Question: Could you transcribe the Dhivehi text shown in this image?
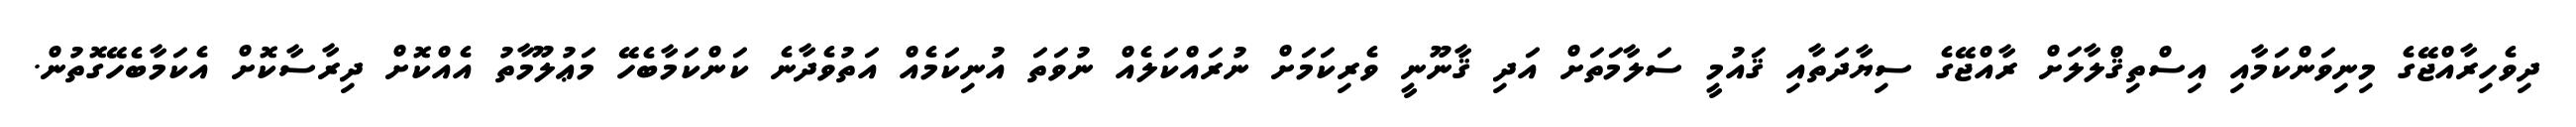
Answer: ދިވެހިރާއްޖޭގެ މިނިވަންކަމާއި އިސްތިޤްލާލަށް ރާއްޖޭގެ ސިޔާދަތާއި ޤައުމީ ސަލާމަތަށް އަދި ޤާނޫނީ ވެރިކަމަށް ނުރައްކަލެއް ނުވަތަ އުނިކަމެއް އަތުވެދާނެ ކަންކަމާބެހޭ މަޢުލޫމާތު އެއްކޮށް ދިރާސާކޮށް އެކަމާބެހޭގޮތުން.